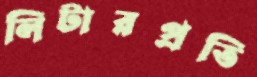
লিটারপ্রতি